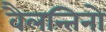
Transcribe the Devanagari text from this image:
वैलन्तिनो